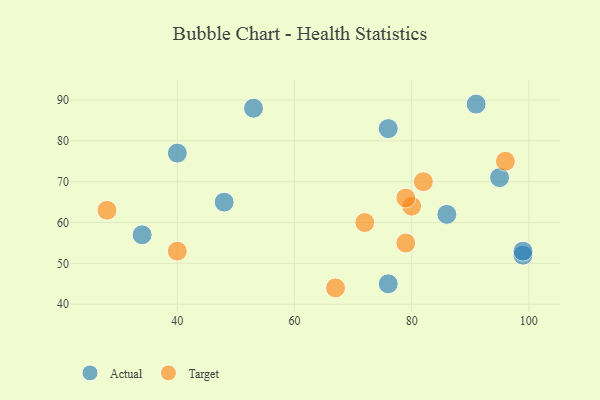
{"axis": {"x": "GDP", "y": "Life Expectancy"}, "legend": ["Actual", "Target"], "data": [{"x": "86", "y": 62, "type": "Actual"}, {"x": "91", "y": 89, "type": "Actual"}, {"x": "53", "y": 88, "type": "Actual"}, {"x": "34", "y": 57, "type": "Actual"}, {"x": "48", "y": 65, "type": "Actual"}, {"x": "76", "y": 83, "type": "Actual"}, {"x": "99", "y": 52, "type": "Actual"}, {"x": "95", "y": 71, "type": "Actual"}, {"x": "99", "y": 53, "type": "Actual"}, {"x": "76", "y": 45, "type": "Actual"}, {"x": "40", "y": 77, "type": "Actual"}, {"x": "67", "y": 44, "type": "Target"}, {"x": "80", "y": 64, "type": "Target"}, {"x": "72", "y": 60, "type": "Target"}, {"x": "28", "y": 63, "type": "Target"}, {"x": "96", "y": 75, "type": "Target"}, {"x": "79", "y": 55, "type": "Target"}, {"x": "79", "y": 66, "type": "Target"}, {"x": "82", "y": 70, "type": "Target"}, {"x": "40", "y": 53, "type": "Target"}]}